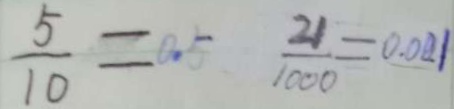
\frac { 5 } { 1 0 } = 0 . 5 \frac { 2 1 } { 1 0 0 0 } = 0 . 0 2 1